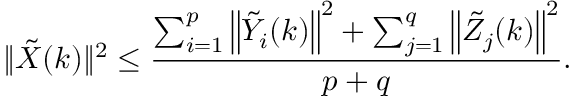
\| \tilde { X } ( k ) \| ^ { 2 } \leq \frac { \sum _ { i = 1 } ^ { p } \left\| \tilde { Y } _ { i } ( k ) \right\| ^ { 2 } + \sum _ { j = 1 } ^ { q } \left\| \tilde { Z } _ { j } ( k ) \right\| ^ { 2 } } { p + q } .